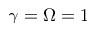
\gamma = \Omega = 1